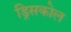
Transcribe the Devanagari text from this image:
ड्रिसकोल